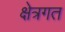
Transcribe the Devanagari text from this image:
क्षेत्रगत